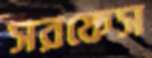
সরফেস